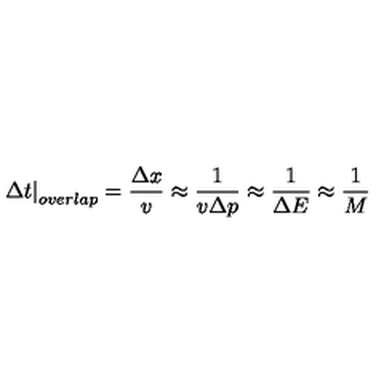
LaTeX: \left. { \Delta t } \right| _ { o v e r l a p } = { \frac { \Delta x } { v } } \approx { \frac { 1 } { v \Delta p } } \approx { \frac { 1 } { \Delta E } } \approx { \frac { 1 } { M } }